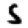
Digit: 5